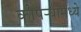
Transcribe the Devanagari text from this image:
कोपऱ्यांमध्ये